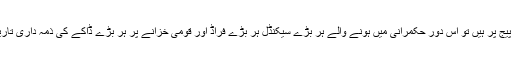
اگر ملک کی سیاسی قیادت اور فوجی قیادت درحقیقت ایک پیج پر ہیں تو اِس دورِ حکمرانی میں ہونے والے ہر بڑے سیکنڈل ہر بڑے فراڈ اور قومی خزانے پر ہر بڑے ڈاکے کی ذمہ داری تاریخ کی نظروں میں صرف سیاسی قیادت پر عائد نہیں ہوگی۔